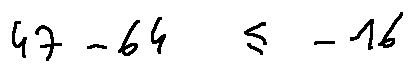
4 7 - 6 4 \leq - 1 6